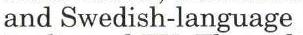
and Swedish-language